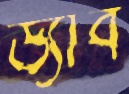
ড্যাব